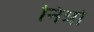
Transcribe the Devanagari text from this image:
नित्रो